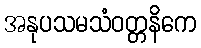
အနုပသမသံဝတ္တနိကေ